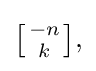
{\textstyle \left[{-n \atop k}\right]\!,}